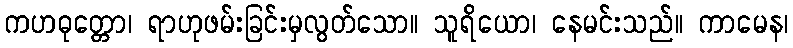
ကဟဓုတ္တော၊ ရာဟုဖမ်းခြင်းမှလွတ်သော။ သူရိယော၊ နေမင်းသည်။ ကာမေန၊